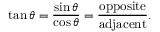
\tan \theta = { \frac { \sin \theta } { \cos \theta } } = { \frac { \mathrm { o p p o s i t e } } { \mathrm { a d j a c e n t } } } .